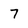
Character: 7